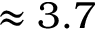
\approx 3 . 7